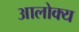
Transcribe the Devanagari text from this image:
आलोक्य